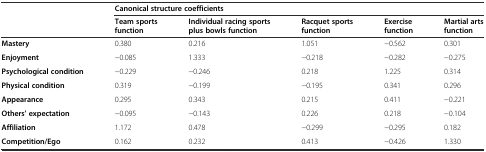
<table><thead><tr><td></td><td colspan="5"><b>Canonical structure coefficients</b></td></tr><tr><td></td><td><b>Team sports function</b></td><td><b>Individual racing sports plus bowls function</b></td><td><b>Racquet sports function</b></td><td><b>Exercise function</b></td><td><b>Martial arts function</b></td></tr></thead><tbody><tr><td><b>Mastery</b></td><td>0.380</td><td>0.216</td><td>1.051</td><td>−0.562</td><td>0.301</td></tr><tr><td><b>Enjoyment</b></td><td>−0.085</td><td>1.333</td><td>−0.218</td><td>−0.282</td><td>−0.275</td></tr><tr><td><b>Psychological condition</b></td><td>−0.229</td><td>−0.246</td><td>0.218</td><td>1.225</td><td>0.314</td></tr><tr><td><b>Physical condition</b></td><td>0.319</td><td>−0.199</td><td>−0.195</td><td>0.341</td><td>0.296</td></tr><tr><td><b>Appearance</b></td><td>0.295</td><td>0.343</td><td>0.215</td><td>0.411</td><td>−0.221</td></tr><tr><td><b>Others’ expectation</b></td><td>−0.095</td><td>−0.143</td><td>0.226</td><td>0.218</td><td>−0.104</td></tr><tr><td><b>Affiliation</b></td><td>1.172</td><td>0.478</td><td>−0.299</td><td>−0.295</td><td>0.182</td></tr><tr><td><b>Competition/Ego</b></td><td>0.162</td><td>0.232</td><td>0.413</td><td>−0.426</td><td>1.330</td></tr></tbody></table>